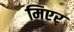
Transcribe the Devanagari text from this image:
मिएर्